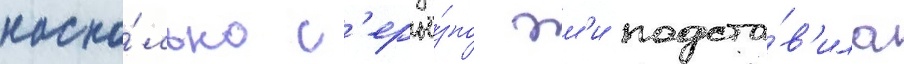
наско́лько с'ерьё́зно эм'и подста́в'ила